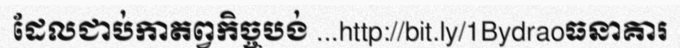
ដែលជាប់កាតព្វកិច្ចបង់ ...http://bit.ly/1Bydraoធនាគារ